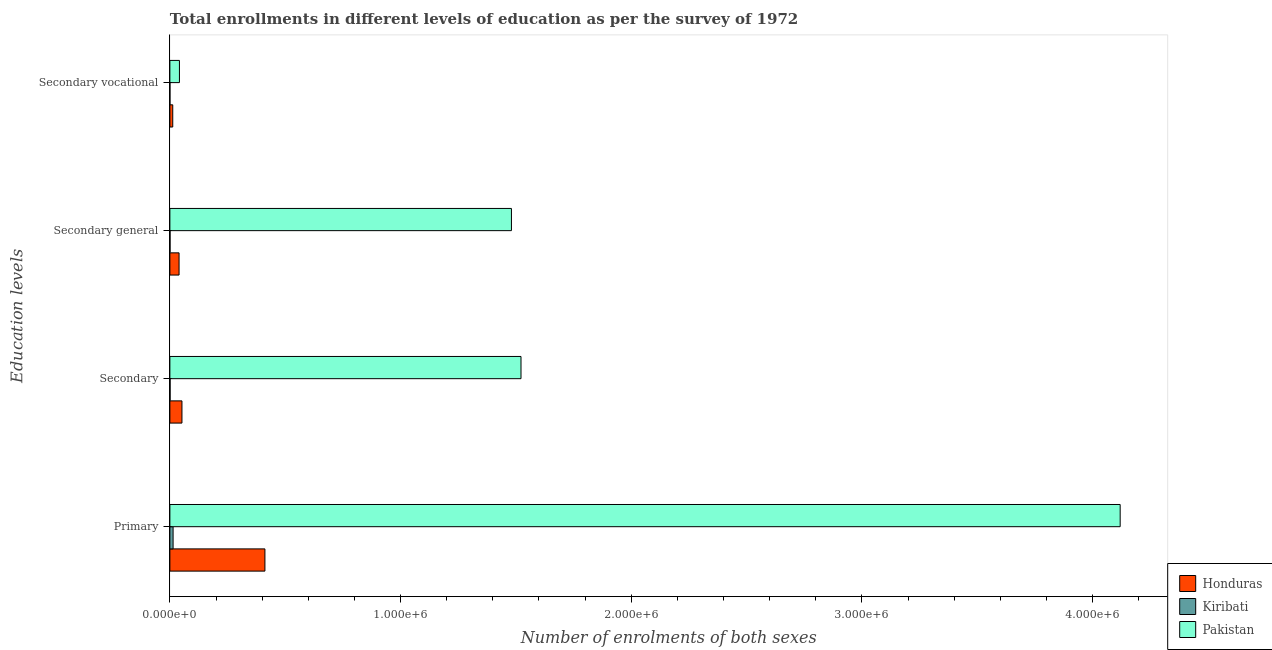
| Education levels | Honduras | Kiribati | Pakistan |
 | --- | --- | --- | --- |
 | Primary | 4.12e+05 | 1.4e+04 | 4.12e+06 |
 | Secondary | 5.23e+04 | 926 | 1.52e+06 |
 | Secondary general | 3.99e+04 | 704 | 1.48e+06 |
 | Secondary vocational | 1.25e+04 | 222 | 4.15e+04 |